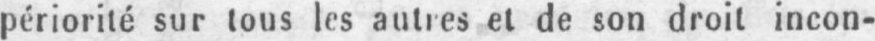
périorité sur tous les autres et de son droit incon-